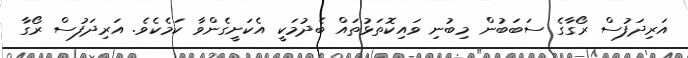
އަރިދަފުސް ރޯގާގެ ސަބަބުން މިބުނި ވައިކޮތަޅުތައް ބެދުމަކީ އެކަށީގެންވާ ކަމެކެވެ. އަރިދަފުސް ރޯގާ